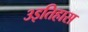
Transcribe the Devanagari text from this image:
३इतिहास